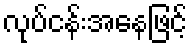
လုပ်ငန်းအနေဖြင့်